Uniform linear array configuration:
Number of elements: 12
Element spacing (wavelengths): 1
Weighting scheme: exponential
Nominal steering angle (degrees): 0
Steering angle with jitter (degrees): -0.3692
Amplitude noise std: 0.05
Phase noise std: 0.05

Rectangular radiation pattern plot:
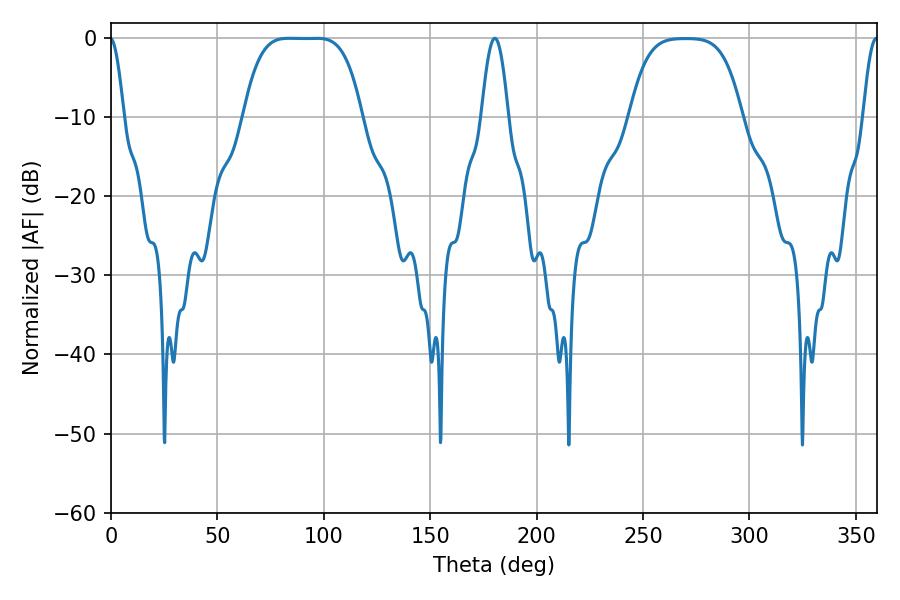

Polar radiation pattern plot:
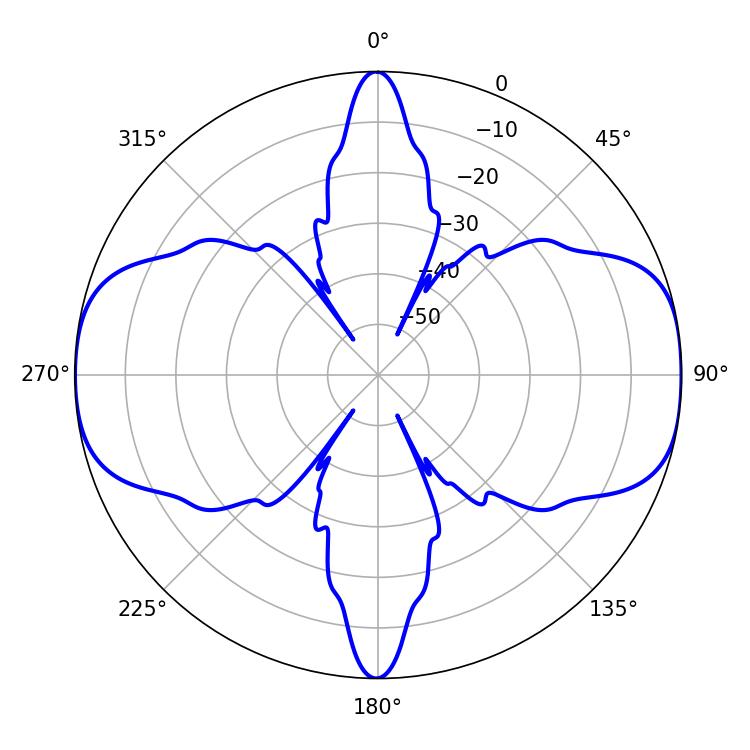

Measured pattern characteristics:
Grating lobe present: TRUE
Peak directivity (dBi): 14.466
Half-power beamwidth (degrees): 41.76
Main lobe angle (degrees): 83.52